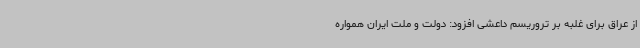
از عراق برای غلبه بر تروریسم داعشی افزود: دولت و ملت ایران همواره